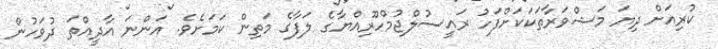
ކުރިއަށް ދިޔަ މަޝްވަރާތަކަކަށްފަހު ރައީސުލްޖުމްހޫރިއްޔާގެ ލަފާގެ މަތިން ކަމަށެވެ. އަންނަ އާދީއްތަ ދުވަހުން